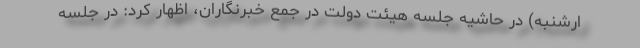
ارشنبه) در حاشیه جلسه هیئت دولت در جمع خبرنگاران، اظهار کرد: در جلسه